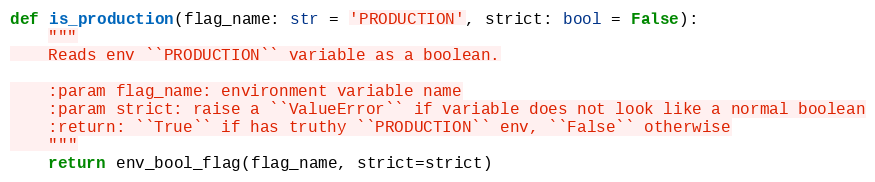
Language: Python
def is_production(flag_name: str = 'PRODUCTION', strict: bool = False):
    """
    Reads env ``PRODUCTION`` variable as a boolean.

    :param flag_name: environment variable name
    :param strict: raise a ``ValueError`` if variable does not look like a normal boolean
    :return: ``True`` if has truthy ``PRODUCTION`` env, ``False`` otherwise
    """
    return env_bool_flag(flag_name, strict=strict)